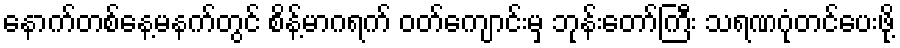
နောက်တစ်နေ့မနက်တွင် စိန့်မာဂရက် ဝတ်ကျောင်းမှ ဘုန်းတော်ကြီး သရဏဂုံတင်ပေးဖို့